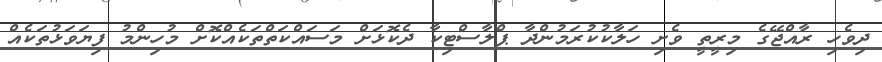
ދިވެހި ރާއްޖޭގެ މިރީތީ ވެށި ހަލާކުކުރަމުންދާ ޕްލާސްޓިކާ ދެކޮޅަށް މަސައްކަތްތަކެއްކޮށް މުހިންމު ފިޔަވަޅުތަކެއް